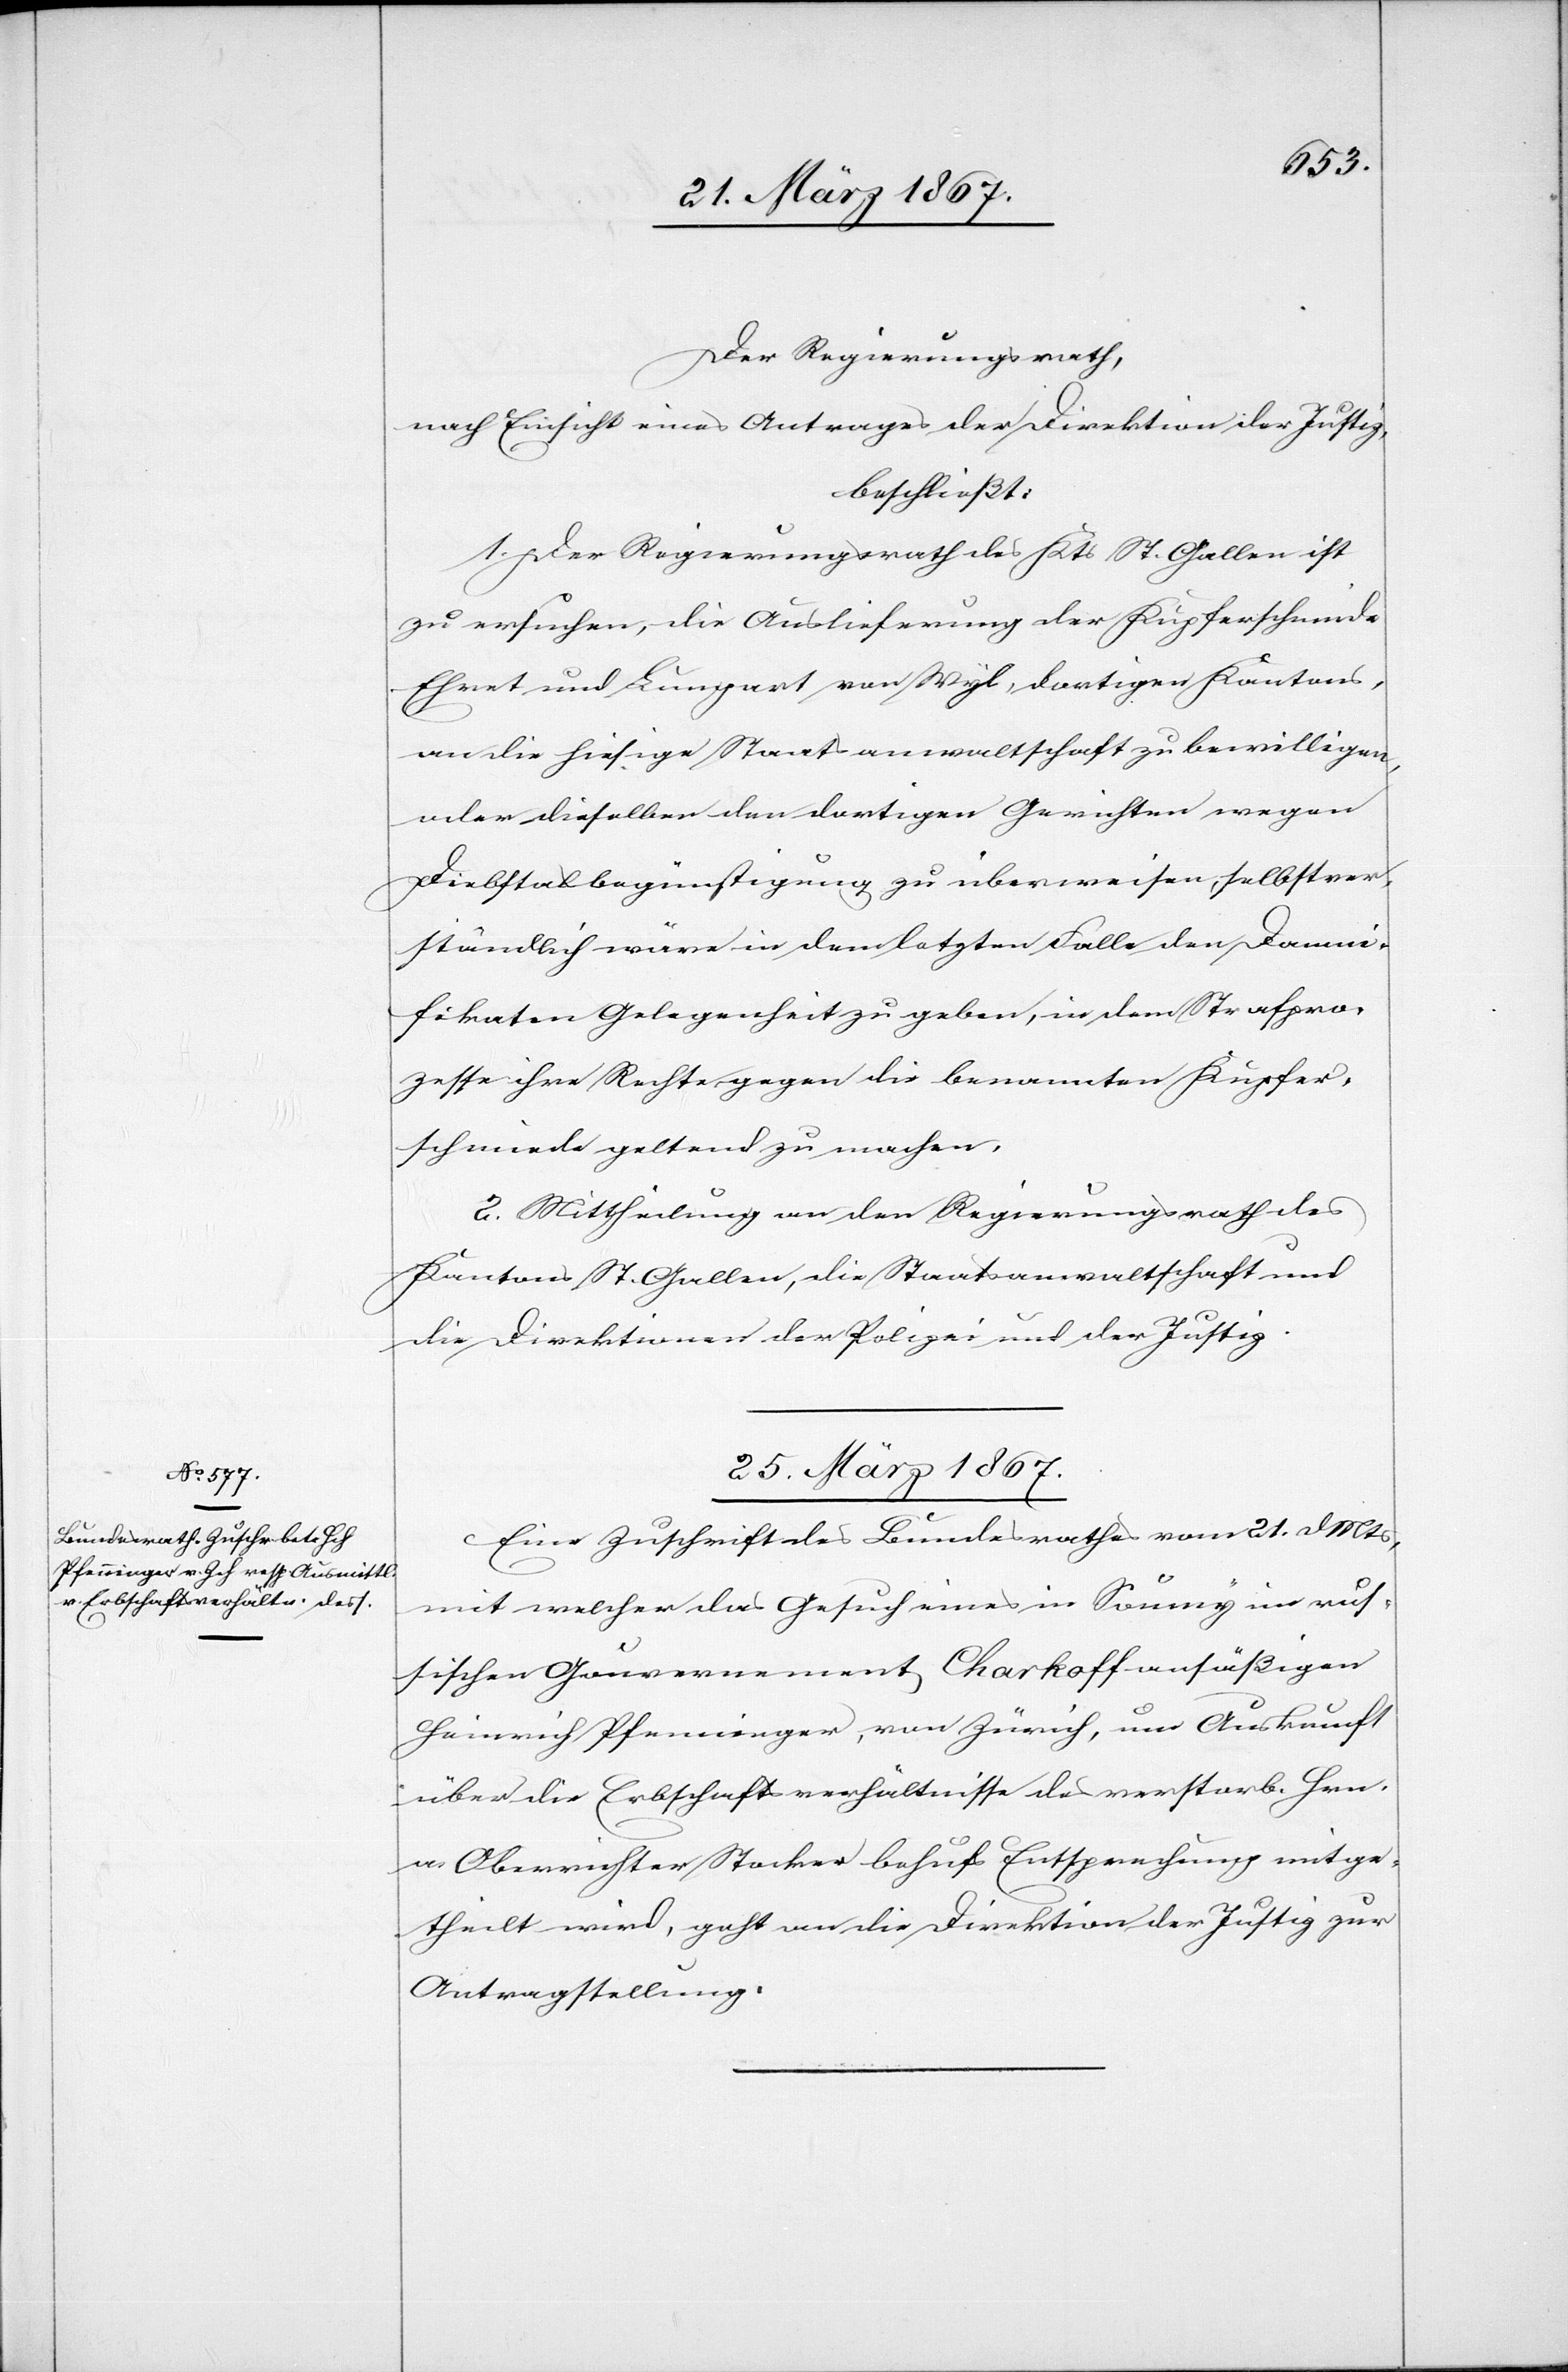
Der Regierungsrath,
nach Einsicht eines Antrages der Direktion der Justiz,
beschließt:
1. Der Regierungsrath des Kts St. Gallen ist
zu ersuchen, die Auslieferung der Kupferschmide
Ehret und Lumpart von Wyl, dortigen Kantons,
an die hiesige Staatsanwaltschaft zu bewilligen,
oder dieselben den dortigen Gerichten wegen
Diebstalsbegünstigung zu überweisen, selbstver¬
ständlich wäre in dem letzten Falle den Damni¬
fikaten Gelegenheit zu geben, in dem Strafpro¬
zesse ihre Rechte gegen die benannten Kupfer¬
schmiede geltend zu machen.
2. Mittheilung an den Regierungsrath des
Kantons St. Gallen, die Staatsanwaltschaft und
die Direktionen der Polizei und der Justiz.
25. März 1867.
Eine Zuschrift des Bundesrathes vom 21. d. Mts,
mit welcher das Gesuch eines in Soumy im rus¬
sischen Gouvernement Charkoff ansäßigen
Heinrich Pfenninger, von Zürich, um Auskunft
über die Erbschaftsverhältnisse des verstorb. Hrn.
a. Oberrichter Stocker behufs Entsprechung mitge¬
theilt wird, geht an die Direktion der Justiz zur
Antragstellung.